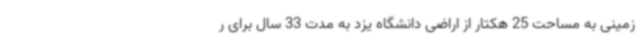
زمینی به مساحت 25 هکتار از اراضی دانشگاه یزد به مدت 33 سال برای ر